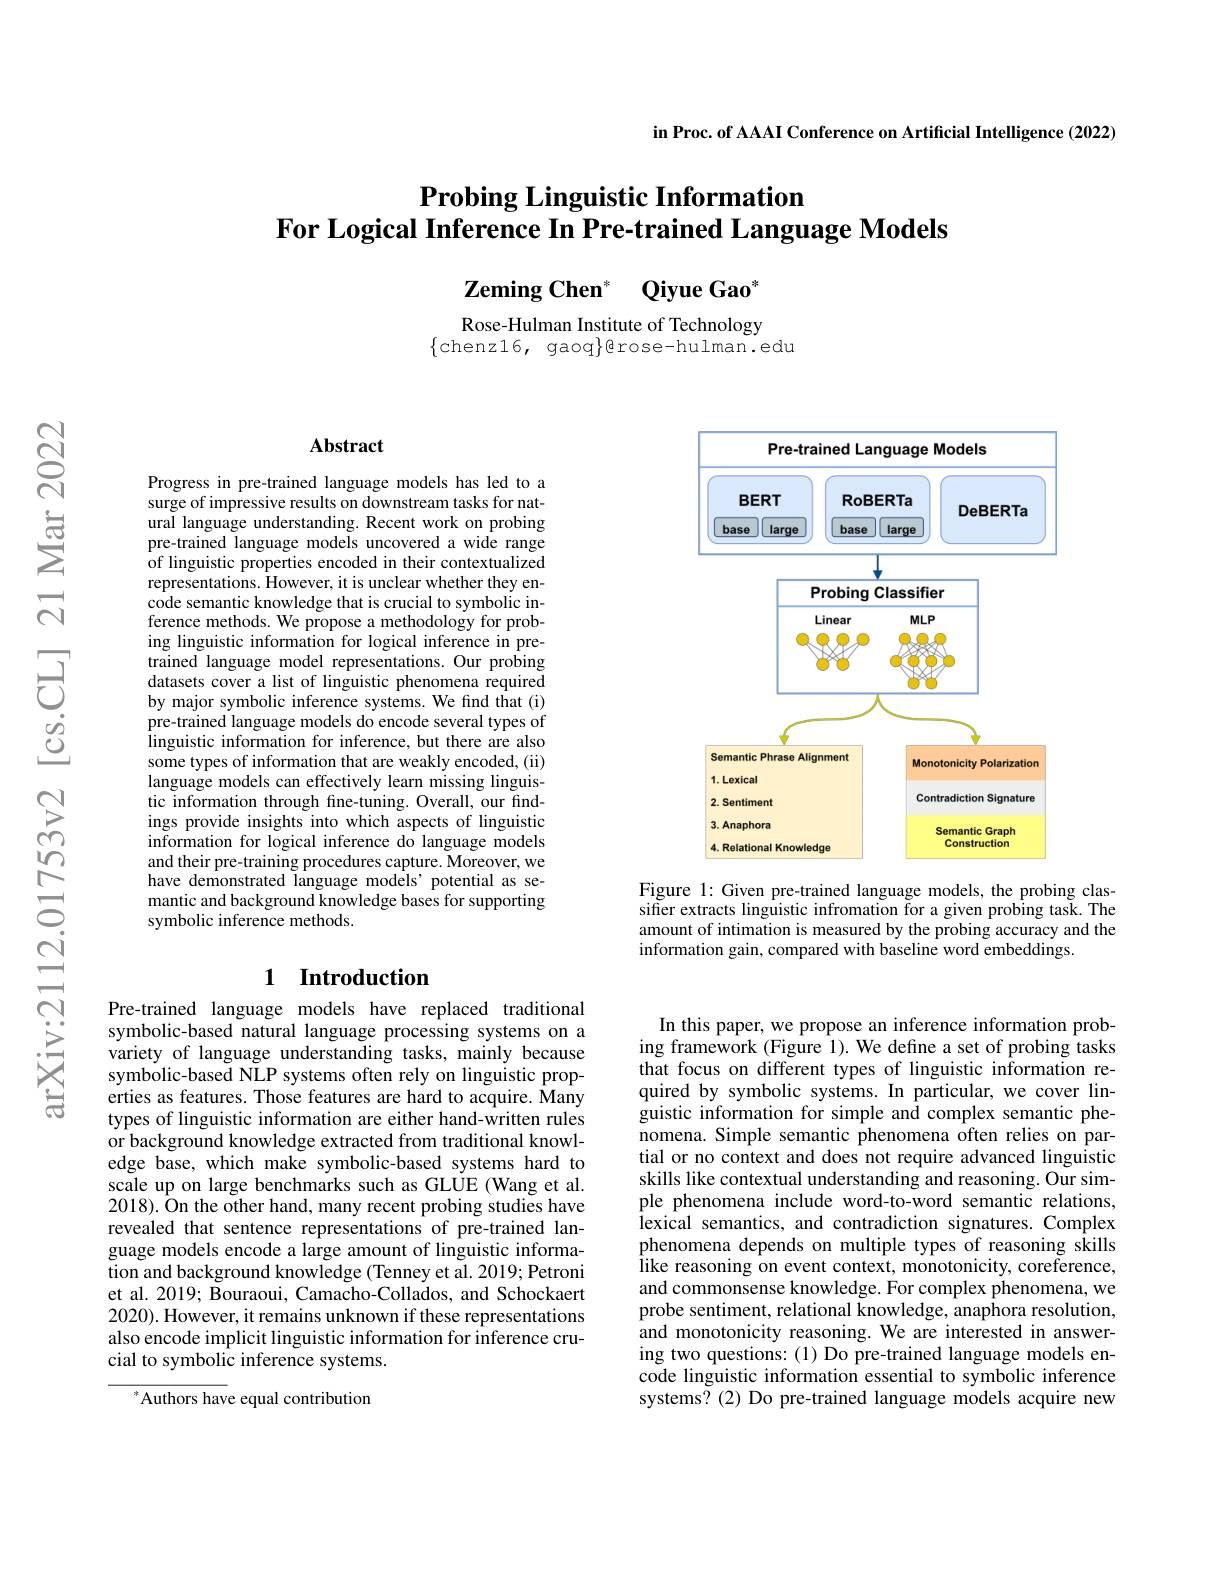
in Proc. of AAAI Conference on Artificial Intelligence (2022)

# $\textbf{Probing Linguistic Information}$ For Logical Inference In Pre-trained Language Models

$\mathbf{ZemingChen}^{* }$ $\mathbf{QiyueGao}$

Rose-Hulman Institute of Technology
$\{$chenz16, gaoq$\}$erose-hulman.edu

$\mathbf{Abstract}$

Progress in pre-trained language models has led to a surge of impressive results on downstream tasks for natural language understanding. Recent work on probing pre-trained language models uncovered a wide range of linguistic properties encoded in their contextualized representations. However, it is unclear whether they encode semantic knowledge that is crucial to symbolic inference methods. We propose a methodology for probing linguistic information for logical inference in pretrained language model representations. Our probing datasets cover a list of linguistic phenomena required by major symbolic inference systems. We find that (i) pre-trained language models do encode several types of linguistic information for inference, but there are also some types of information that are weakly encoded, (ii) language models can effectively learn missing linguistic information through fine-tuning. Overall, our findings provide insights into which aspects of linguistic information for logical inference do language models and their pre-training procedures capture. Moreover, we have demonstrated language models'potential as semantic and background knowledge bases for supporting symbolic inference methods.

### 1 Introduction

Pre-trained language models have replaced traditional symbolic-based natural language processing systems on a variety of language understanding tasks, mainly because symbolic-based NLP systems often rely on linguistic properties as features. Those features are hard to acquire. Many types of linguistic information are either hand-written rules or background knowledge extracted from traditional knowledge base, which make symbolic-based systems hard to scale up on large benchmarks such as GLUE (Wang et al. 2018). On the other hand, many recent probing studies have revealed that sentence representations of pre-trained language models encode a large amount of linguistic information and background knowledge (Tenney et al. 2019; Petroni et al. 2019; Bouraoui, Camacho-Collados, and Schockaert 2020). However, it remains unknown if these representations also encode implicit linguistic information for inference crucial to symbolic inference systems.

$^*$Authors have equal contribution

<FigureHere>

Figure 1: Given pre-trained language models, the probing classifier extracts linguistic infromation for a given probing task. The amount of intimation is measured by the probing accuracy and the information gain, compared with baseline word embeddings.

In this paper, we propose an inference information probing framework (Figure 1). We define a set of probing tasks that focus on different types of linguistic information required by symbolic systems. In particular, we cover linguistic information for simple and complex semantic phenomena. Simple semantic phenomena often relies on partial or no context and does not require advanced linguistic skills like contextual understanding and reasoning. Our simple phenomena include word-to-word semantic relations, lexical semantics, and contradiction signatures. Complex phenomena depends on multiple types of reasoning skills like reasoning on event context, monotonicity, coreference, and commonsense knowledge. For complex phenomena, we probe sentiment, relational knowledge, anaphora resolution, and monotonicity reasoning. We are interested in answering two questions: (1) Do pre-trained language models encode linguistic information essential to symbolic inference systems? (2) Do pre-trained language models acquire new